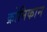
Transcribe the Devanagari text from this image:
क्रोनिकान